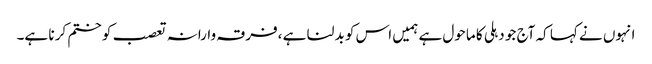
انہوں نے کہا کہ آج جو دہلی کا ماحول ہے ہمیں اس کو بد لنا ہے ،فرقہ وارانہ تعصب کو ختم کر نا ہے۔